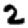
Digit: 2